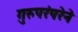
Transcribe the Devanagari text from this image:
गुरुपरंपरेने